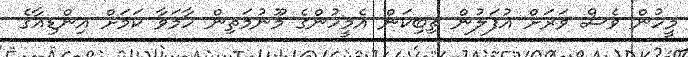
މީހުން ވެސް ވަރަށް އުފަލުން ތިބިކަން އެމީހުންގެ މޫނުމަތިން ހާމަވާ ކަމަށް އިންޑިއާގެ